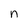
Character: n